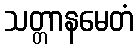
သတ္တာနမေတံ